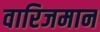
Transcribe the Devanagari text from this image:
वारिजमान